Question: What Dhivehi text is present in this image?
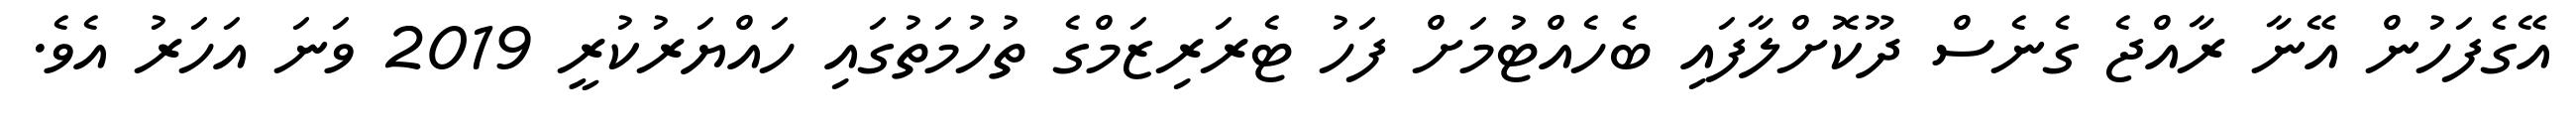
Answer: އޭގެފަހުން އޭނާ ރާއްޖެ ގެނެސް ދޫކޮށްލާފައި ބެހެއްޓުމަށް ފަހު ޓެރަރިޒަމްގެ ތުހުމަތުގައި ހައްޔަރުކުރީ 2019 ވަނަ އަހަރު އެވެ.